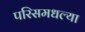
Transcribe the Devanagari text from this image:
परिसमधल्या